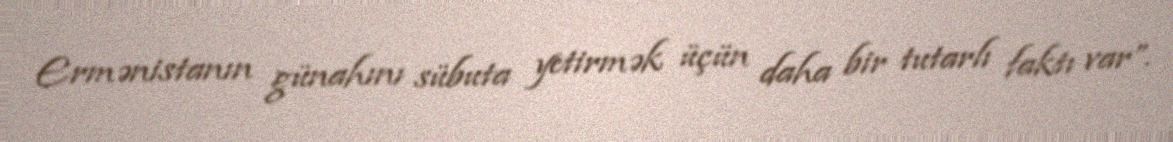
Ermənistanın günahını sübuta yetirmək üçün daha bir tutarlı faktı var”.